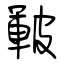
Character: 皸